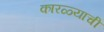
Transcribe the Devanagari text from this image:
कारळ्याची